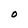
Character: O